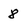
Character: 8